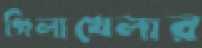
গিলাখেলার